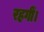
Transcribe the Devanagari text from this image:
रहगीं।